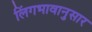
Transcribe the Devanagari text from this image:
लिंगभावानुसार